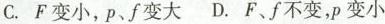
C.F变小，p、f变大 D.F、f不变，p变小